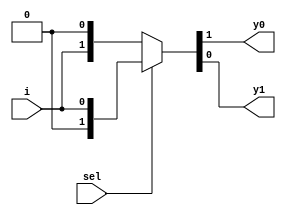
// This program was cloned from: https://github.com/ekb0412/100DaysofRTL
// License: Apache License 2.0

`timescale 1ns / 1ps

module demux_1_2(
    input sel,
    input i,
    output y0, y1
    );    
    assign {y0,y1} = sel?{1'b0,i}: {i,1'b0};
endmodule

module demux_not_gate(
    input a,
    output not_g
    );
        wire w;

    demux_1_2 notgate(a, 1'b1, not_g, w);
endmodule